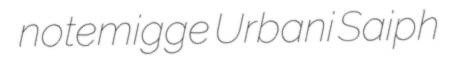
notemigge Urbani Saiph